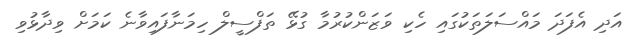
އަދި އެފަދަ މައްސަލަތަކުގައި ހެކި ވަޒަންކުރުމާ ގުޅޭ ތަފްސީލް ހިމަނާފައިވާނެ ކަމަށް ވިދާޅުވި